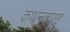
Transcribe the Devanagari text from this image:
कथानकासह